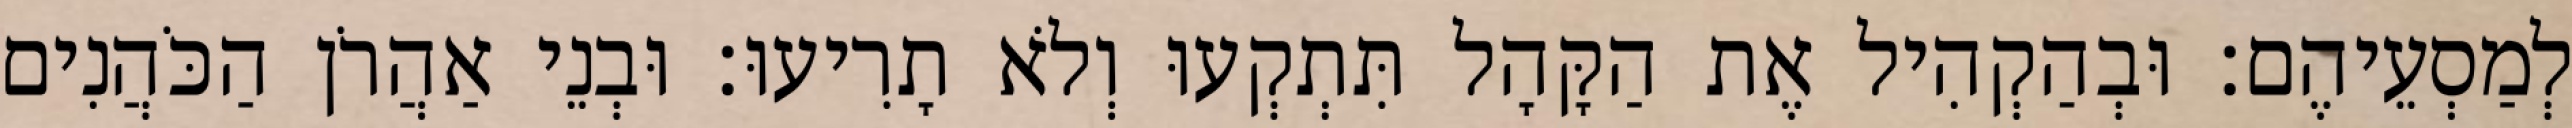
לְמַסְעֵיהֶם׃ וּבְהַקְהִיל אֶת הַקָּהָל תִּתְקְעוּ וְלֹא תָרִיעוּ׃ וּבְנֵי אַהֲרֹן הַכֹּהֲנִים